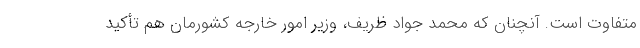
متفاوت است. آنچنان که محمد جواد ظریف، وزیر امور خارجه کشورمان هم تأکید